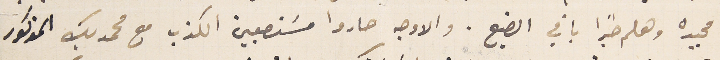
مجيده وهلم جرًا باقي الضيع. والاوجه صاروا مستصعبين الكذب مع محمد بك المذكور